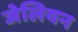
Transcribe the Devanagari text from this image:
जेलियन